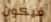
فيكون